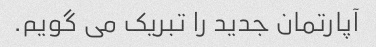
آپارتمان جدید را تبریک می گویم.